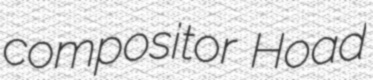
compositor Hoad